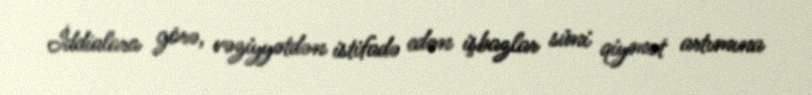
İddialara görə, vəziyyətdən istifadə edən işbazlar süni qiymət artımına